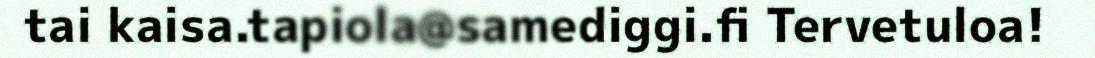
tai kaisa.tapiola@samediggi.fi Tervetuloa!